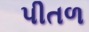
પીતળ